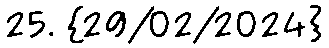
25. {29/02/2024}